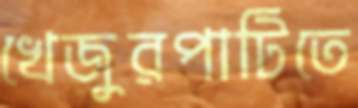
খেজুরপাটিতে